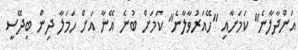
އަންދާލާނެ" ކަމަށާއި "ހޭއަރުވާލާނެ" ކަމަށް ބުނެ އޭނާ އަށް ހަމަލާ ދިން ބިދޭސީ